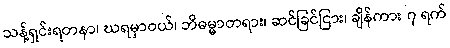
သန့်ရှင်းရတနာ၊ ဃရမှာဝယ်၊ ဘိဓမ္မာတရား၊ ဆင်ခြင်ငြား၊ ချိန်ကား ၇ ရက်